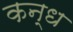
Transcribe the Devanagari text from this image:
कन्ध